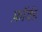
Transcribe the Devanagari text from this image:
फ़ॉर्वड